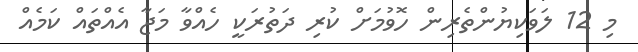
މި 12 ލަވަކިޔުންތެރިން ހޮވުމަށް ކުރި ދަތުރަކީ ހެއްވާ މަޖާ އެއްތައް ކަމެއް